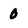
Character: 0